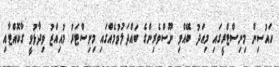
ހައުސިން މިނިސްޓްރީގައި މިއަދު ބޭއްވި ނޫސްވެރިންގެ ބައްދަލުވުމެއްގައި މިނިސްޓަރު މުއިއްޒު ވިދާޅުވީ ގާކޮއްޓާއި